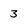
Character: 3